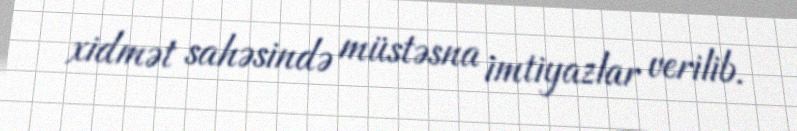
xidmət sahəsində müstəsna imtiyazlar verilib.